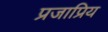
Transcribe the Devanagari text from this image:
प्रजाप्रिय